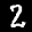
Label: 2